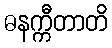
ဓနက္ကီတာတိ